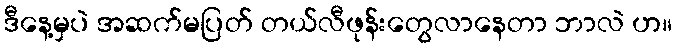
ဒီနေ့မှပဲ အဆက်မပြတ် တယ်လီဖုန်းတွေလာနေတာ ဘာလဲ ဟ။